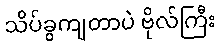
သိပ်ခွကျတာပဲ ဗိုလ်ကြီး